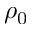
\rho _ { 0 }